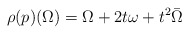
\begin{align*}\rho(p)(\Omega)= \Omega+ 2t \omega + t^2 \bar\Omega\end{align*}